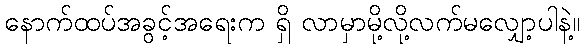
နောက်ထပ်အခွင့်အရေးက ရှိ လာမှာမို့လို့လက်မလျှော့ပါနဲ့။